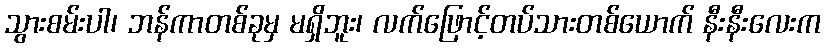
သွားစမ်းပါ၊ ဘန်ကာတစ်ခုမှ မရှိဘူး၊ လက်ဖြောင့်တပ်သားတစ်ယောက် နီးနီးလေးက